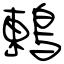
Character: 鶇